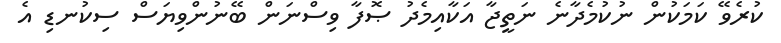
ކުރެވޭ ކަމަކުން ނުކުމެދާނެ ނަތީޖާ އަކާއިމެދު ޞޮފާ ވިސްނަން ބޭނުންވިޔަސް ސިކުނޑި އެ